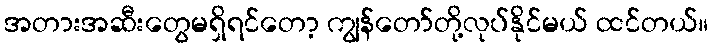
အတားအဆီးတွေမရှိရင်တော့ ကျွန်တော်တို့လုပ်နိုင်မယ် ထင်တယ်။